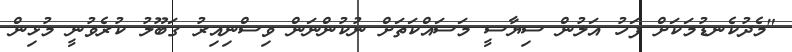
"މެދުކެނޑުމަކަށް ފަހު އަލުން ސިޔާސީ މަސައްކަތަށް ނުކުންނަން ވިސްނިއިރު ގަބޫލު ކުރެވުނީ މުޅިން